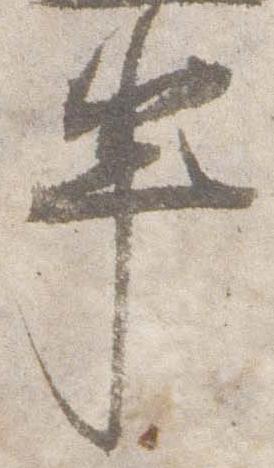
半